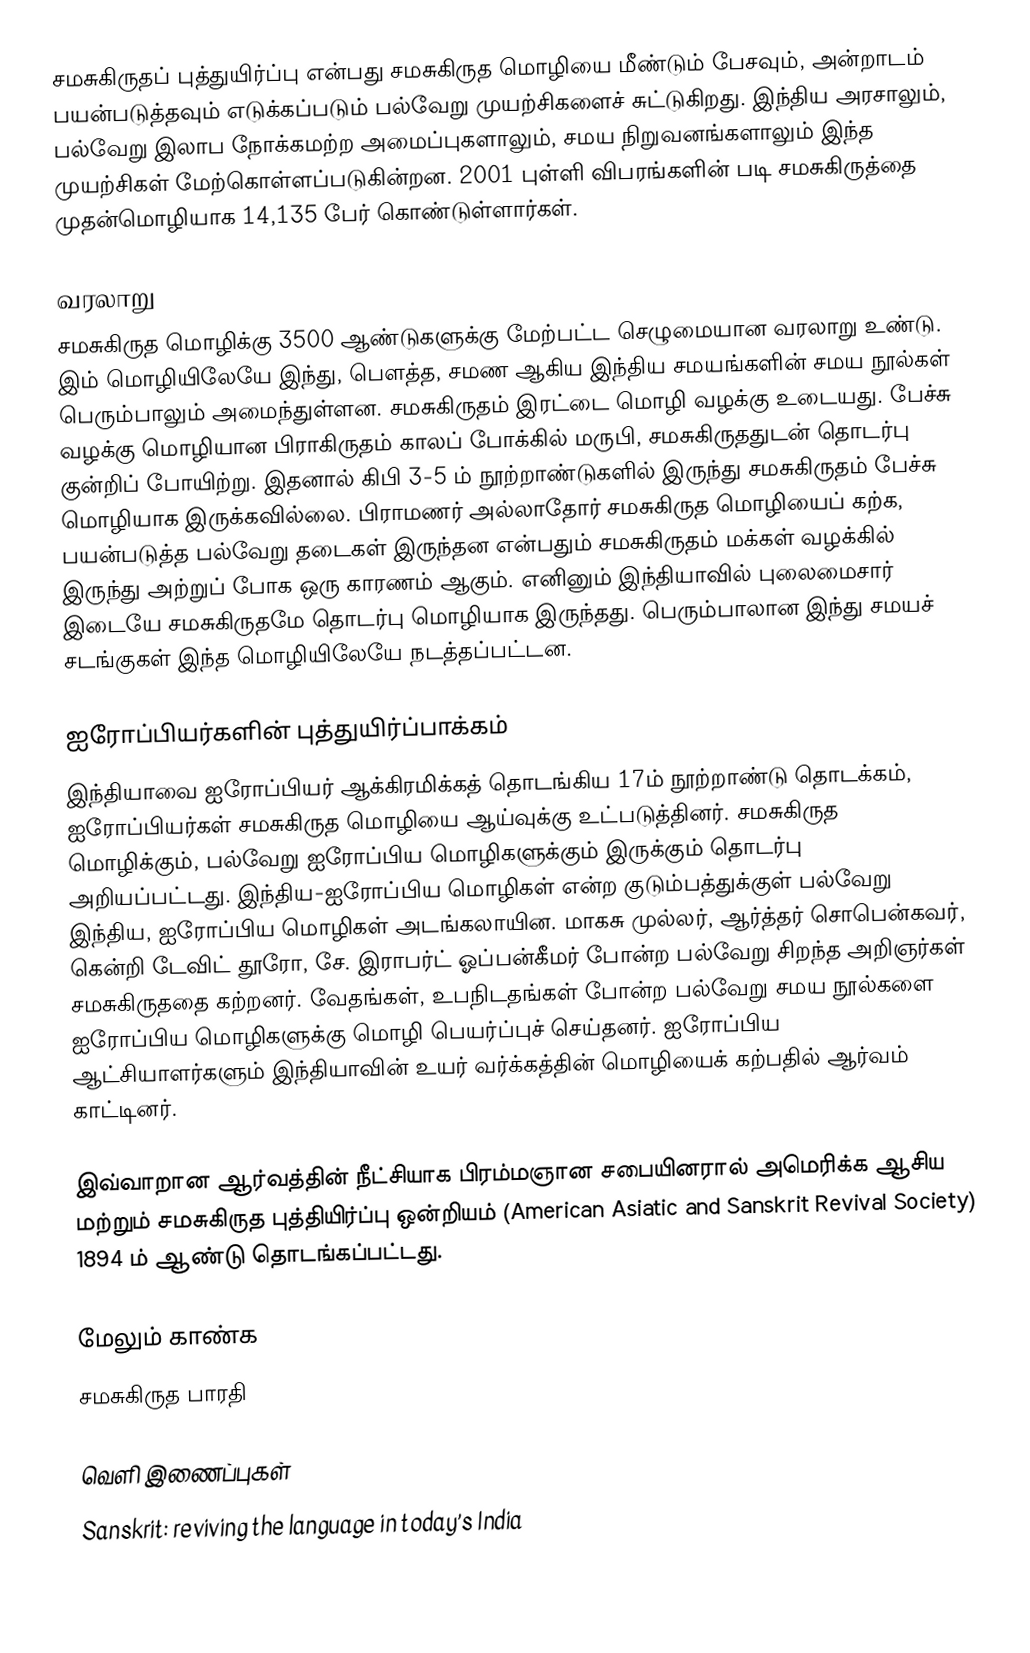
சமசுகிருதப் புத்துயிர்ப்பு என்பது சமசுகிருத மொழியை மீண்டும் பேசவும், அன்றாடம் பயன்படுத்தவும் எடுக்கப்படும் பல்வேறு முயற்சிகளைச் சுட்டுகிறது.  இந்திய அரசாலும், பல்வேறு இலாப நோக்கமற்ற அமைப்புகளாலும், சமய நிறுவனங்களாலும் இந்த முயற்சிகள் மேற்கொள்ளப்படுகின்றன.  2001 புள்ளி விபரங்களின் படி சமசுகிருத்தை முதன்மொழியாக 14,135 பேர் கொண்டுள்ளார்கள்.

வரலாறு
சமசுகிருத மொழிக்கு 3500 ஆண்டுகளுக்கு மேற்பட்ட செழுமையான வரலாறு உண்டு.  இம் மொழியிலேயே இந்து, பெளத்த, சமண ஆகிய இந்திய சமயங்களின் சமய நூல்கள் பெரும்பாலும் அமைந்துள்ளன.  சமசுகிருதம் இரட்டை மொழி வழக்கு உடையது.  பேச்சு வழக்கு மொழியான பிராகிருதம் காலப் போக்கில் மருபி, சமசுகிருததுடன் தொடர்பு குன்றிப் போயிற்று.  இதனால் கிபி 3-5 ம் நூற்றாண்டுகளில் இருந்து சமசுகிருதம் பேச்சு மொழியாக இருக்கவில்லை.  பிராமணர் அல்லாதோர் சமசுகிருத மொழியைப் கற்க, பயன்படுத்த பல்வேறு தடைகள் இருந்தன என்பதும் சமசுகிருதம் மக்கள் வழக்கில் இருந்து அற்றுப் போக ஒரு காரணம் ஆகும்.  எனினும் இந்தியாவில் புலைமைசார் இடையே சமசுகிருதமே தொடர்பு மொழியாக இருந்தது.  பெரும்பாலான இந்து சமயச் சடங்குகள் இந்த மொழியிலேயே நடத்தப்பட்டன.

ஐரோப்பியர்களின்  புத்துயிர்ப்பாக்கம்
இந்தியாவை ஐரோப்பியர் ஆக்கிரமிக்கத் தொடங்கிய 17ம் நூற்றாண்டு தொடக்கம், ஐரோப்பியர்கள் சமசுகிருத மொழியை ஆய்வுக்கு உட்படுத்தினர்.  சமசுகிருத மொழிக்கும், பல்வேறு ஐரோப்பிய மொழிகளுக்கும் இருக்கும் தொடர்பு அறியப்பட்டது.  இந்திய-ஐரோப்பிய மொழிகள் என்ற குடும்பத்துக்குள் பல்வேறு இந்திய, ஐரோப்பிய மொழிகள் அடங்கலாயின.  மாகசு முல்லர், ஆர்த்தர் சொபென்கவர், கென்றி டேவிட் தூரோ, சே. இராபர்ட் ஓப்பன்கீமர் போன்ற பல்வேறு சிறந்த அறிஞர்கள் சமசுகிருததை கற்றனர்.  வேதங்கள், உபநிடதங்கள் போன்ற பல்வேறு சமய நூல்களை ஐரோப்பிய மொழிகளுக்கு மொழி பெயர்ப்புச் செய்தனர்.  ஐரோப்பிய ஆட்சியாளர்களும் இந்தியாவின் உயர் வர்க்கத்தின் மொழியைக் கற்பதில் ஆர்வம் காட்டினர்.

இவ்வாறான ஆர்வத்தின் நீட்சியாக பிரம்மஞான சபையினரால் அமெரிக்க ஆசிய மற்றும் சமசுகிருத புத்தியிர்ப்பு ஒன்றியம் (American Asiatic and Sanskrit Revival Society) 1894 ம் ஆண்டு தொடங்கப்பட்டது.

மேலும் காண்க
சமசுகிருத பாரதி

வெளி இணைப்புகள்
 Sanskrit: reviving the language in today’s India
 a newspaper th